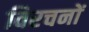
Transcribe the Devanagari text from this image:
विरचनों